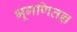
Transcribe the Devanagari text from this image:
भूगणितज्ञ